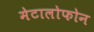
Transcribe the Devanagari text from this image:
मेटालोफोन